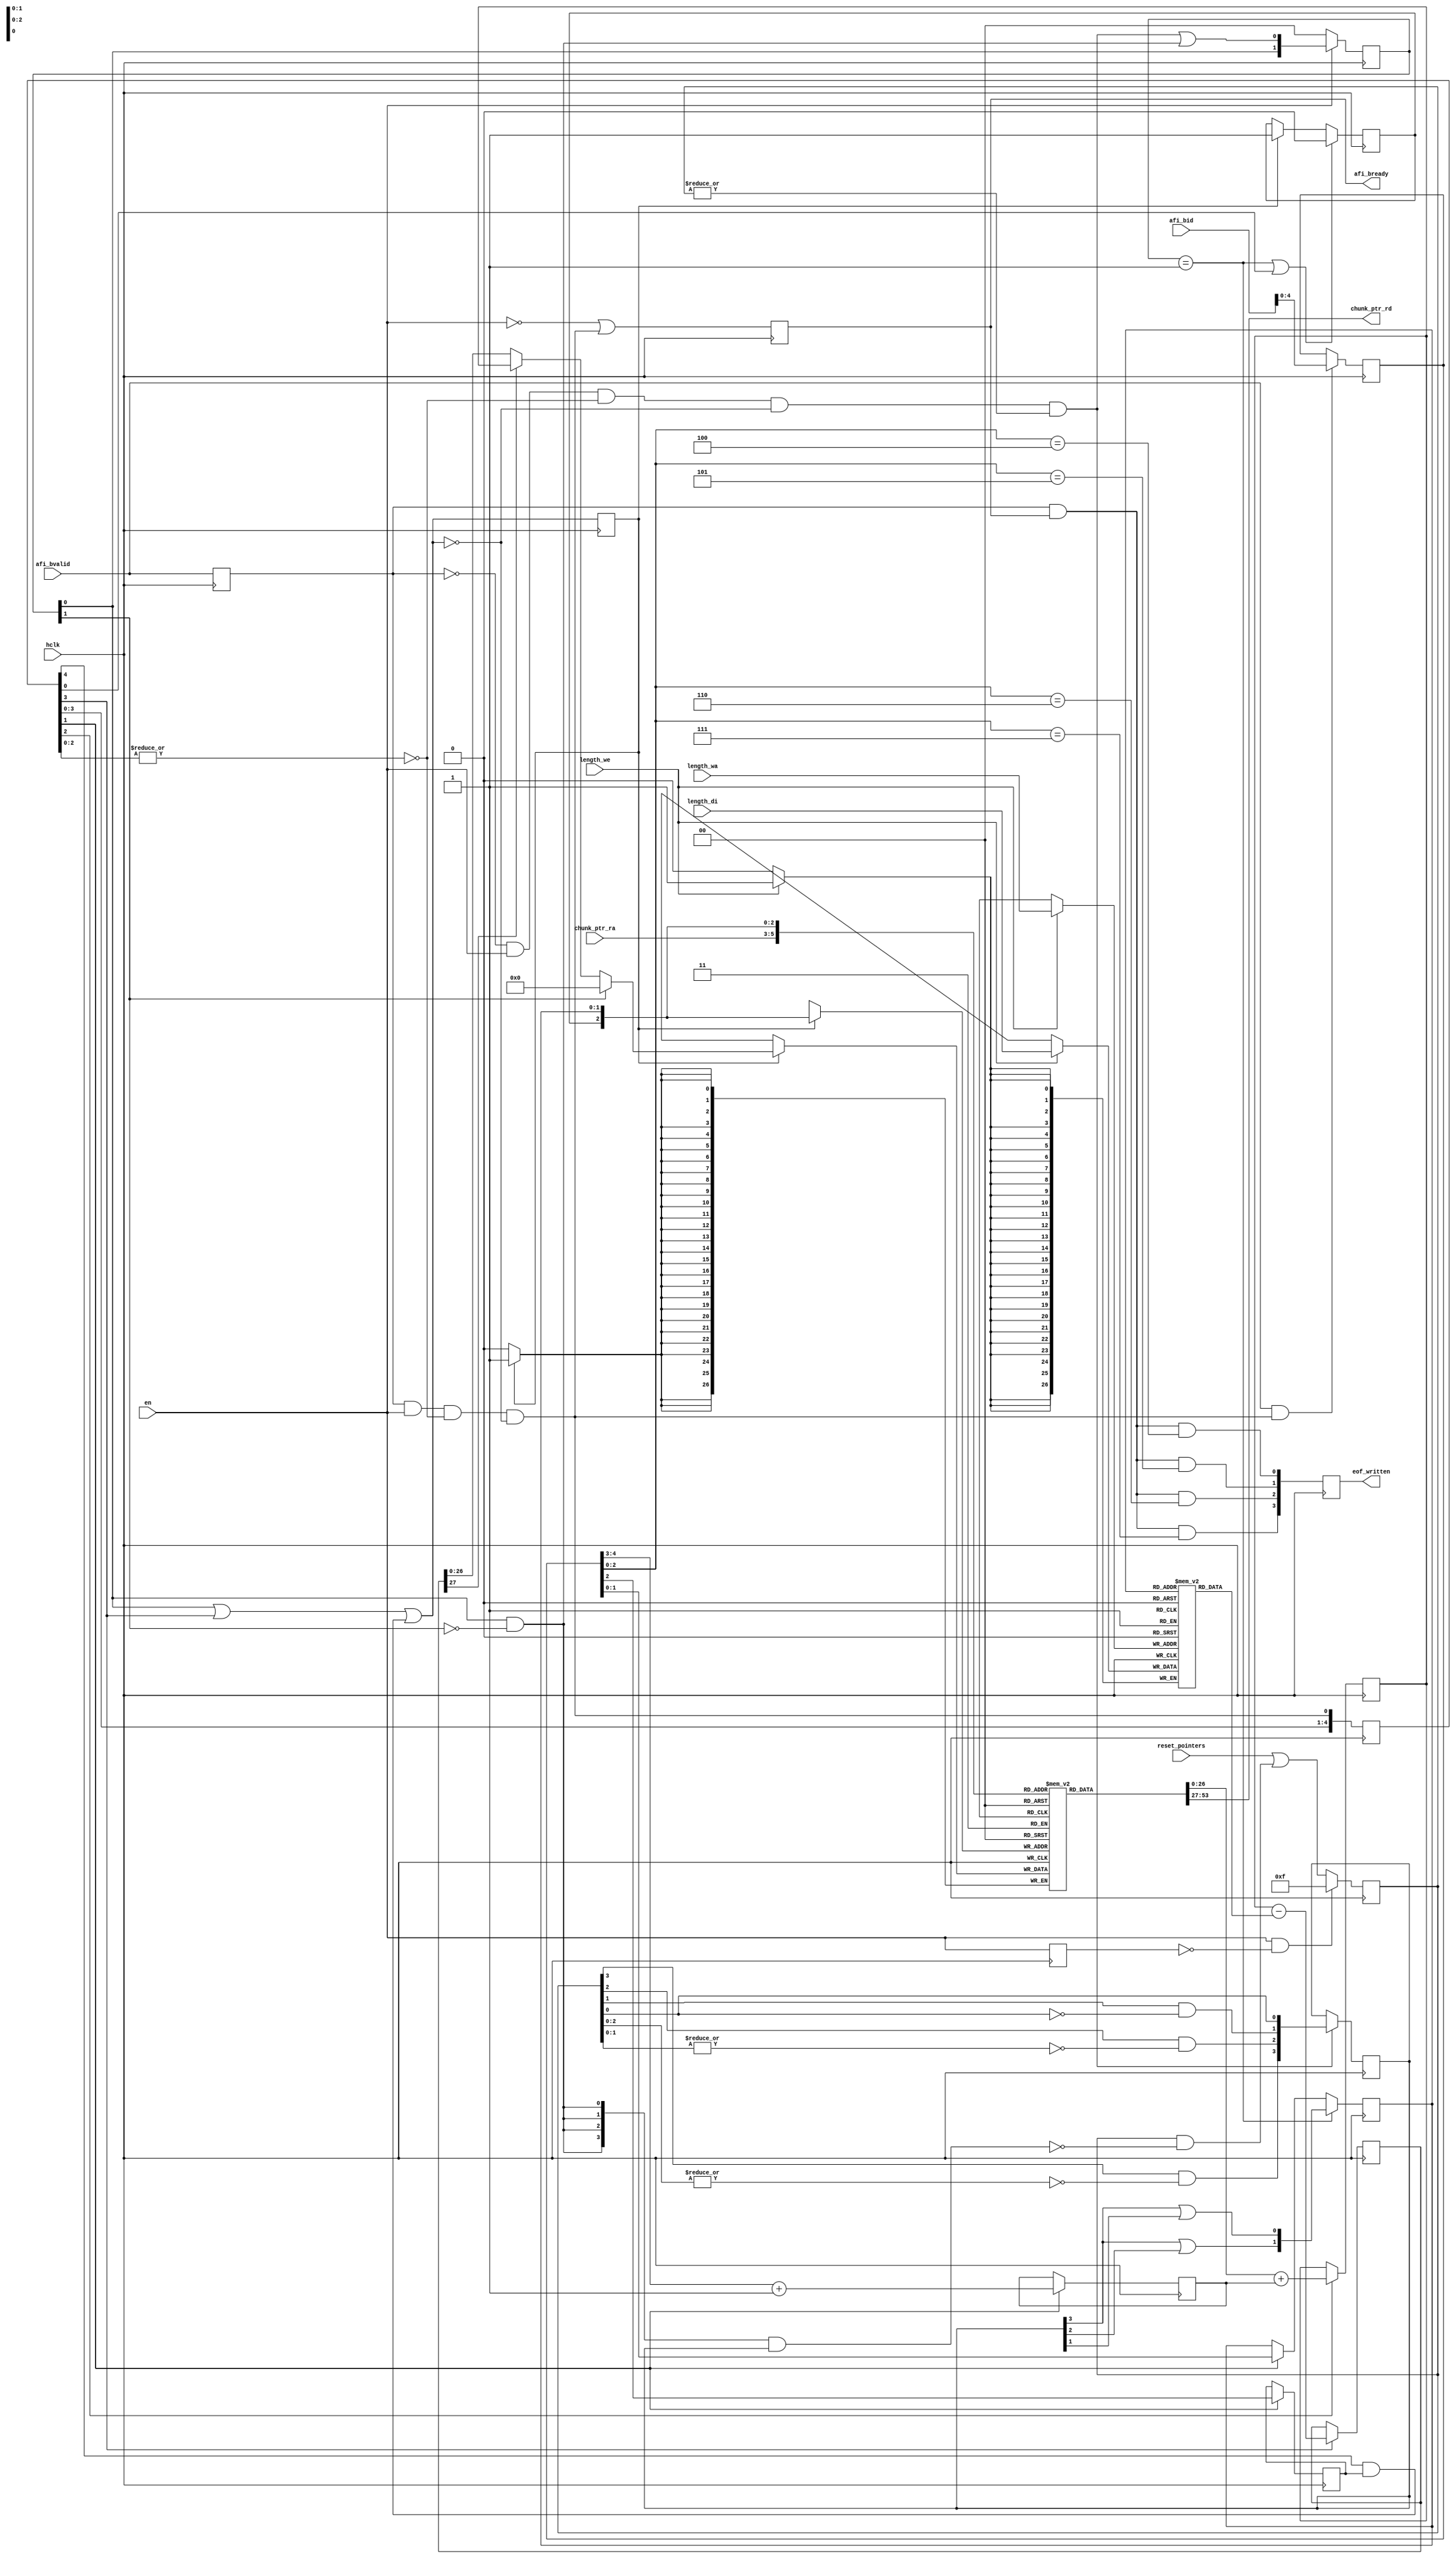
/*!
 * <b>Module:</b>cmprs_afi_mux_ptr_wresp
 * @file cmprs_afi_mux_ptr_wresp.v
 * @date 2015-06-28  
 * @author Andrey Filippov     
 *
 * @brief Maintain 4-channel chunk pointers for wrirte response
 * Advance 32-byte chunk pointers for each AXI burst and each frame (4*2=8 pointers)
 *
 * @copyright Copyright (c) 2015 Elphel, Inc.
 *
 * <b>License:</b>
 *
 * cmprs_afi_mux_ptr_wresp.v is free software; you can redistribute it and/or modify
 * it under the terms of the GNU General Public License as published by
 * the Free Software Foundation, either version 3 of the License, or
 * (at your option) any later version.
 *
 *  cmprs_afi_mux_ptr_wresp.v is distributed in the hope that it will be useful,
 * but WITHOUT ANY WARRANTY; without even the implied warranty of
 * MERCHANTABILITY or FITNESS FOR A PARTICULAR PURPOSE.  See the
 * GNU General Public License for more details.
 *
 * You should have received a copy of the GNU General Public License
 * along with this program.  If not, see <http://www.gnu.org/licenses/> .
 *
 * Additional permission under GNU GPL version 3 section 7:
 * If you modify this Program, or any covered work, by linking or combining it
 * with independent modules provided by the FPGA vendor only (this permission
 * does not extend to any 3-rd party modules, "soft cores" or macros) under
 * different license terms solely for the purpose of generating binary "bitstream"
 * files and/or simulating the code, the copyright holders of this Program give
 * you the right to distribute the covered work without those independent modules
 * as long as the source code for them is available from the FPGA vendor free of
 * charge, and there is no dependence on any encrypted modules for simulating of
 * the combined code. This permission applies to you if the distributed code
 * contains all the components and scripts required to completely simulate it
 * with at least one of the Free Software programs.
 */
`timescale 1ns/1ps

module  cmprs_afi_mux_ptr_wresp(
    input                         hclk,               // global clock to run axi_hp @ 150MHz, shared by all compressor channels
    // Write dual port 4x27 channel length RAM (shadows 1/2 of the similar RAM for main pointers)
    input                  [26:0] length_di,          // data to write per-channle buffer length in chunks
    input                  [ 1:0] length_wa,          // channel address to write lengths
    input                         length_we,          // write enable length data
    
    input                         en,                 // 0 - resets, 0->1 resets all pointers. While reset allows write response
    input                  [ 3:0] reset_pointers,     // per-channel - reset pointers
    
    input                  [ 2:0] chunk_ptr_ra,       // chunk pointer read address {eof, chn[1:0]}
    output                 [26:0] chunk_ptr_rd,       // chunk pointer read data (non-registered
    
    output reg             [ 3:0] eof_written,        // per-channel end of frame confirmed written to system memory by write response

    // AFI write response channels    
    input                         afi_bvalid,
    output                        afi_bready,
    input                  [ 5:0] afi_bid // encodes channel, eof, and burst size minus 1 in chunks (0..3)
    
);
    reg   [3:0] reset_rq;               // request to reset pointers when ready
    reg   [3:0] reset_rq_pri;           // one-hot reset rq 
    wire  [1:0] reset_rq_enc;           // encoded reset_rq_pri
    wire        start_resetting_w;
    reg   [1:0] resetting;              // resetting chunk_pointer and eof_pointer
    wire  [2:0] ptr_wa;                 // pointer memory write port address, msb - eof/current, 2 LSB - channel
    reg         ptr_we;                 // pointer memory write enable
    reg  [26:0] ptr_ram[0:7];           // pointer (current and eof) memory (in 32-byte chunks
    wire [26:0] ptr_ram_di;             // data to be written to ptr_ram
    reg  [26:0] len_ram[0:3];           // start chunk/num cunks in a buffer (write port @mclk)
    reg  [26:0] chunk_ptr_inc;          // incremented by 1..4 chunk pointer
    reg  [27:0] chunk_ptr_rovr;         // incremented chunk pointer, decremented by length (MSB - sign)
    reg  [ 4:0] busy;                   // one-hot busy stages (usually end with [4]   

    reg  [ 4:0] id_r;                   // registered ID data - MSB is unused
    reg   [1:0] chn;                    // selected channel valid @busy[2]
    reg         eof;                    // eof register being written
    reg         last_burst_in_frame;    // this response is for eof
    reg   [2:0] chunk_inc;
    reg         afi_bready_r;           //
    reg         afi_bvalid_r;           // make it slow;
    wire        pre_busy;
    wire        pre_we;
    reg         en_d;                   //enable delayed by 1 cycle
    
    assign reset_rq_enc = {reset_rq_pri[3] | reset_rq_pri[2],
                           reset_rq_pri[3] | reset_rq_pri[1]};
    assign ptr_ram_di= resetting[1] ? 27'b0 : (chunk_ptr_rovr[27] ? chunk_ptr_inc : chunk_ptr_rovr[26:0]);
    
    assign ptr_wa = {eof,chn}; // valid @busy[2]
    assign afi_bready = afi_bready_r;
    
    assign pre_we= resetting[0] ||                   //  a pair of cycles to reset chunk pointer and frame chunk pointer
                   busy[3] ||                        // always update chunk pointer
                  (busy[4] && last_burst_in_frame); // optionally update frame chunk pointer (same value)
    assign pre_busy=             afi_bvalid_r && en && !(|busy[2:0]) && !pre_we;
    assign start_resetting_w =  !afi_bvalid_r && en && !(|busy[2:0]) && !pre_we && (|reset_rq);

    assign chunk_ptr_rd = ptr_ram[chunk_ptr_ra];
        
    always @ (posedge hclk) begin
        en_d <= en;
        // write length RAM
        if (length_we) len_ram[length_wa] <= length_di;
        afi_bvalid_r <= afi_bvalid;
        
        afi_bready_r <= !en || pre_busy; // (!busy[0] && !pre_busy && !resetting[0] && !start_resetting_w);
        busy <= {busy[3:0], pre_busy}; // adjust bits
        
//        if (afi_bready && afi_bvalid) id_r <= afi_bid[4:0]; // id_r[5] is never used - revoved
        if (afi_bvalid && pre_busy) id_r <= afi_bid[4:0]; // id_r[5] is never used - revoved
        
        if (start_resetting_w)  reset_rq_pri <= {reset_rq[3] & ~(|reset_rq[2:0]),
                                                 reset_rq[2] & ~(|reset_rq[1:0]),
                                                 reset_rq[1] &     ~reset_rq[0],
                                                 reset_rq[0]};
        
        if (en && !en_d) reset_rq <= 4'hf; // request reset all
        else             reset_rq <= reset_pointers | (reset_rq  & ~({4{resetting[0] &~ resetting[1]}} & reset_rq_pri));
        
        if (!en) resetting <= 0;
        else     resetting <= {resetting[0], start_resetting_w | (resetting[0] & ~resetting[1])};
        
        if      (resetting == 2'b01)  chn <= reset_rq_enc;
        else if (busy[1])             chn <= id_r[0 +: 2];
        
        if (busy[1]) begin // first busy cycle
            last_burst_in_frame <= id_r[2]; 
            chunk_inc <= {1'b0,id_r[3 +:2]} + 1; 
        end

        ptr_we <= pre_we;

        if ((resetting == 2'b01) || busy[0]) eof  <= 0;
        else if (ptr_we)                     eof  <= 1; // always second write cycle
        
        if (busy[2]) chunk_ptr_inc <= ptr_ram[ptr_wa] + chunk_inc; // second clock of busy
        if (busy[3]) chunk_ptr_rovr <={1'b0,chunk_ptr_inc} - {1'b0,len_ram[chn]}; // third clock of busy

        // write to ptr_ram (1 or 2 locations - if eof)
        if (ptr_we) ptr_ram[ptr_wa] <= ptr_ram_di;
        
        // Watch write response channel, detect EOF IDs, generate eof_written* output signals
        eof_written[0] <=  afi_bvalid_r && afi_bready_r && (id_r[2:0]== 3'h4);
        eof_written[1] <=  afi_bvalid_r && afi_bready_r && (id_r[2:0]== 3'h5);
        eof_written[2] <=  afi_bvalid_r && afi_bready_r && (id_r[2:0]== 3'h6);
        eof_written[3] <=  afi_bvalid_r && afi_bready_r && (id_r[2:0]== 3'h7);
        
        
        
    end
endmodule